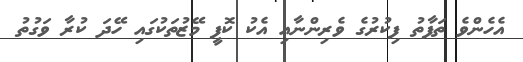
އެހެންވެ ތަފާތު ފިކުރުގެ ވެރިންނާއި އެކު ކޮފީ މޭޒުތަކުގައި ހޭދަ ކުރާ ވަގުތު